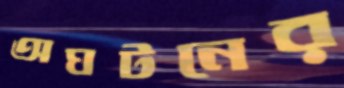
অঘটনের